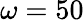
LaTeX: \omega=50